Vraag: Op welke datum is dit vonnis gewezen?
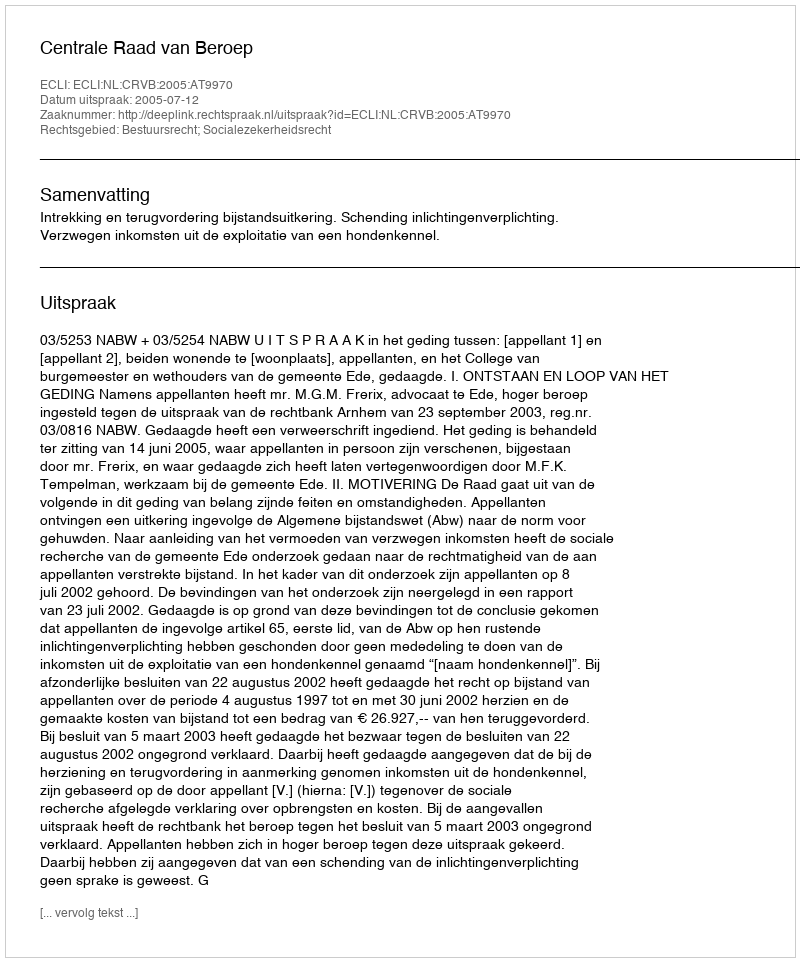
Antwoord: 2005-07-12